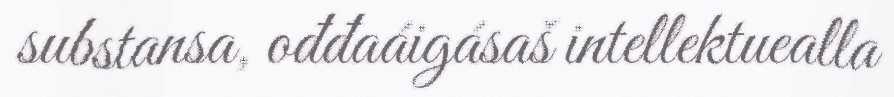
substansa, ođđaáigásaš intellektuealla